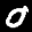
Label: 0